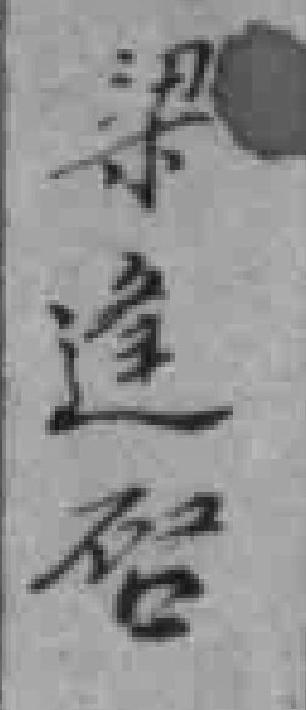
梁逢啓